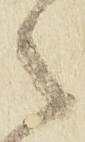
之